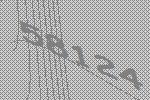
58124